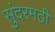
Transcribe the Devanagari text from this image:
सुंदरमठी